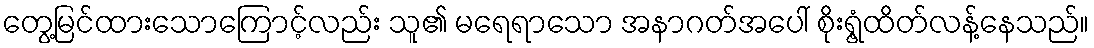
တွေ့မြင်ထားသောကြောင့်လည်း သူ၏ မရေရာသော အနာဂတ်အပေါ် စိုးရွံ့ထိတ်လန့်နေသည်။